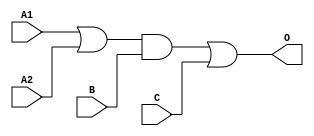
module MJDB121A(A1, A2, B, C, O);
input   A1;
input   A2;
input   B;
input   C;
output  O;
or g0(w1, A1, A2);
and g1(w0, w1, B);
or g2(O, w0, C);
endmodule